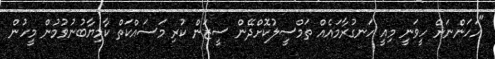
"އަހަންނަށް ހީވަނީ މިއީ ހަނގުރާމައެއް ތަމްސީލުކޮށްދޭން ސީޒަން ކުރި މަސައްކަތް ކާމިޔާބުނުވުމުން މީހުން